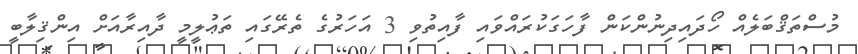
މުސްތަޤްބަލެއް ހޯދައިދިނުންކަން ފާހަގަކުރައްވައި ފާއިތުވި 3 އަހަރުގެ ތެރޭގައި ތަޢުލީމީ ދާއިރާއަށް އިންޤިލާބީ